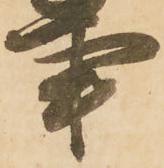
事